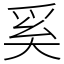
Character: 奚